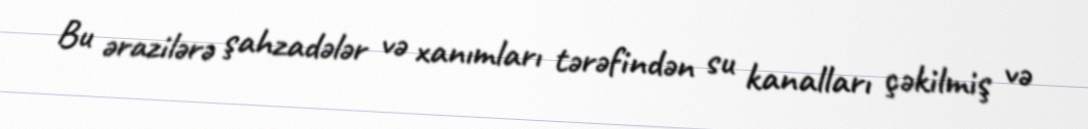
Bu ərazilərə şahzadələr və xanımları tərəfindən su kanalları çəkilmiş və